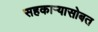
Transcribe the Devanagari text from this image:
सहकाऱ्यासोबत